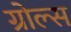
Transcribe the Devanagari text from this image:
ग्रोल्स